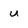
Character: u